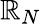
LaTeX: \mathbb{R}_{N}